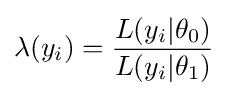
\lambda (y_{i})={\frac {L(y_{i}|\theta _{0})}{L(y_{i}|\theta _{1})}}